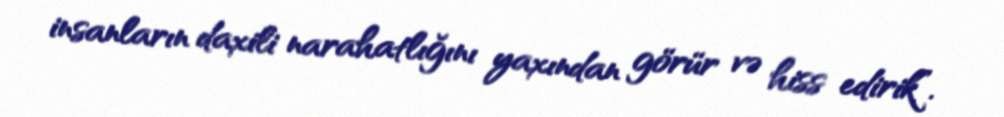
insanların daxili narahatlığını yaxından görür və hiss edirik”.